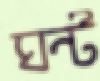
ঘন্ট